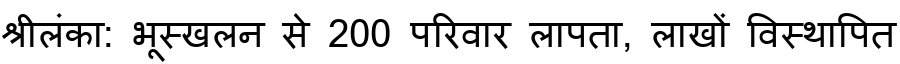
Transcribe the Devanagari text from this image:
श्रीलंका: भूस्खलन से 200 परिवार लापता, लाखों विस्थापित